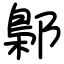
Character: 鄡